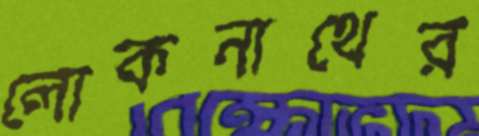
লোকনাথের